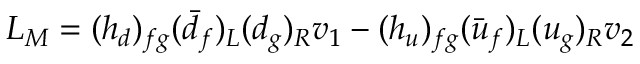
{ \cal L } _ { M } = ( h _ { d } ) _ { f g } ( \bar { d } _ { f } ) _ { L } ( d _ { g } ) _ { R } v _ { 1 } - ( h _ { u } ) _ { f g } ( \bar { u } _ { f } ) _ { L } ( u _ { g } ) _ { R } v _ { 2 }